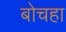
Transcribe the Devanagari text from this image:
बोचहा